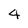
Character: 4